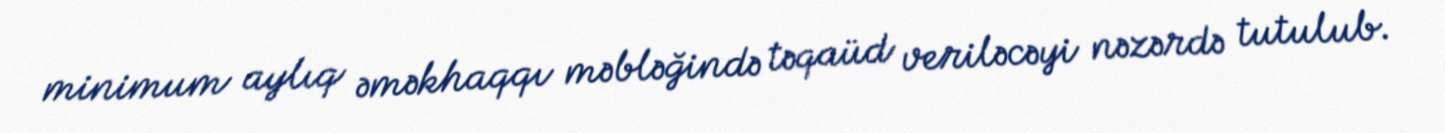
minimum aylıq əməkhaqqı məbləğində təqaüd veriləcəyi nəzərdə tutulub.